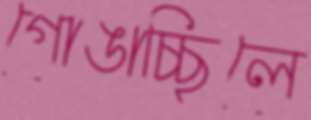
গোঙাচ্ছিলে